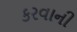
કરવાની